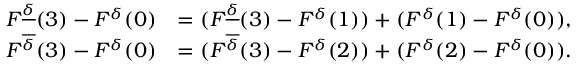
\begin{array} { r l } { F ^ { \underline { \delta } } ( 3 ) - F ^ { \delta } ( 0 ) } & { = ( F ^ { \underline { \delta } } ( 3 ) - F ^ { \delta } ( 1 ) ) + ( F ^ { \delta } ( 1 ) - F ^ { \delta } ( 0 ) ) , } \\ { F ^ { \overline { \delta } } ( 3 ) - F ^ { \delta } ( 0 ) } & { = ( F ^ { \overline { \delta } } ( 3 ) - F ^ { \delta } ( 2 ) ) + ( F ^ { \delta } ( 2 ) - F ^ { \delta } ( 0 ) ) . } \end{array}